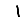
Digit: 1